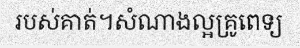
របស់គាត់។សំណាងល្អគ្រូពេទ្យ